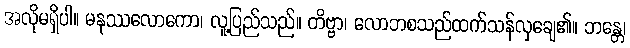
အလိုမရှိပါ။ မနုဿလောကော၊ လူ့ပြည်သည်။ တိဗ္ဗာ၊ လောဘစသည်ထက်သန်လှချေ၏။ ဘန္တေ၊